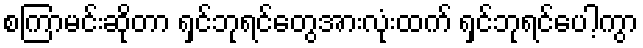
စကြာမင်းဆိုတာ ရှင်ဘုရင်တွေအားလုံးထက် ရှင်ဘုရင်ပေါ့ကွာ